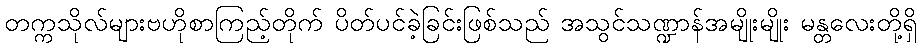
တက္ကသိုလ်များဗဟိုစာကြည့်တိုက် ပိတ်ပင်ခဲ့ခြင်းဖြစ်သည် အသွင်သဏ္ဍာန်အမျိုးမျိုး မန္တလေးတို့ရှိ